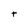
Character: t